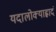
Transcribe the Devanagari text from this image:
यदालोक्याह्लादं